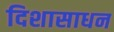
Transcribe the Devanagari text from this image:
दिशासाधन